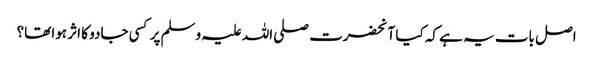
اصل بات یہ ہے کہ کیا آنحضرت صلی اللہ علیہ وسلم پر کسی جادو کا اثر ہوا تھا؟